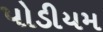
પોડીયમ